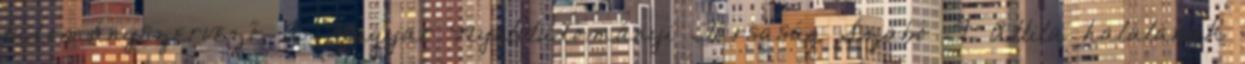
tudományszervező. A Magyar Nyelvtudományi Társaság Szabó T. Attila halálának